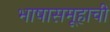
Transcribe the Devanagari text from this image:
भाषासमूहाची